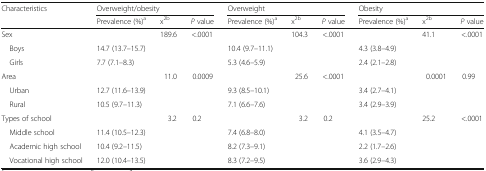
| <ROWSPAN=2> Characteristics | <COLSPAN=3> Overweight/obesity | <COLSPAN=3> Overweight | <COLSPAN=3> Obesity |
 | Prevalence (%)a | x2b | P value | Prevalence (%)a | x2b | P value | Prevalence (%)a | x2b | P value |
 | --- | --- | --- | --- | --- | --- | --- | --- | --- | --- |
 | Sex |  | 189.6 | <.0001 |  | 104.3 | <.0001 |  | 41.1 | <.0001 |
 | Boys | 14.7 (13.7–15.7) |  |  | 10.4 (9.7–11.1) |  |  | 4.3 (3.8–4.9) |  |  |
 | Girls | 7.7 (7.1–8.3) |  |  | 5.3 (4.6–5.9) |  |  | 2.4 (2.1–2.8) |  |  |
 | Area |  | 11.0 | 0.0009 |  | 25.6 | <.0001 |  | 0.0001 | 0.99 |
 | Urban | 12.7 (11.6–13.9) |  |  | 9.3 (8.5–10.1) |  |  | 3.4 (2.7–4.1) |  |  |
 | Rural | 10.5 (9.7–11.3) |  |  | 7.1 (6.6–7.6) |  |  | 3.4 (2.9–3.9) |  |  |
 | Types of school |  | 3.2 | 0.2 |  | 3.2 | 0.2 |  | 25.2 | <.0001 |
 | Middle school | 11.4 (10.5–12.3) |  |  | 7.4 (6.8–8.0) |  |  | 4.1 (3.5–4.7) |  |  |
 | Academic high school | 10.4 (9.2–11.5) |  |  | 8.2 (7.3–9.1) |  |  | 2.2 (1.7–2.6) |  |  |
 | Vocational high school | 12.0 (10.4–13.5) |  |  | 8.3 (7.2–9.5) |  |  | 3.6 (2.9–4.3) |  |  |